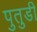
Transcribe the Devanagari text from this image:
पुतुडी